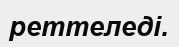
реттеледі.